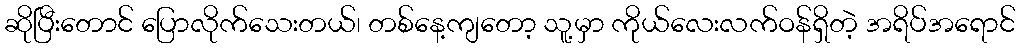
ဆိုပြီးတောင် ပြောလိုက်သေးတယ်၊ တစ်နေ့ကျတော့ သူ့မှာ ကိုယ်လေးလက်ဝန်ရှိတဲ့ အရိပ်အရောင်